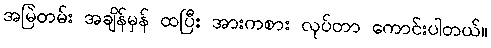
အမြဲတမ်း အချိန်မှန် ထပြီး အားကစား လုပ်တာ ကောင်းပါတယ်။